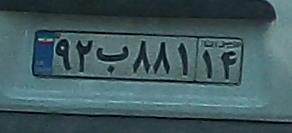
۹۲ب۸۸۱۱۴